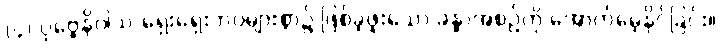
(၄) ပုဗ္ဗေနိဝါသ-ရှေးရှေးဘဝများစွာ၌ ဖြစ်ခဲ့ဖူးသော ခန္ဓာအစဉ်ကို အောက်မေ့နိုင်ခြင်း။